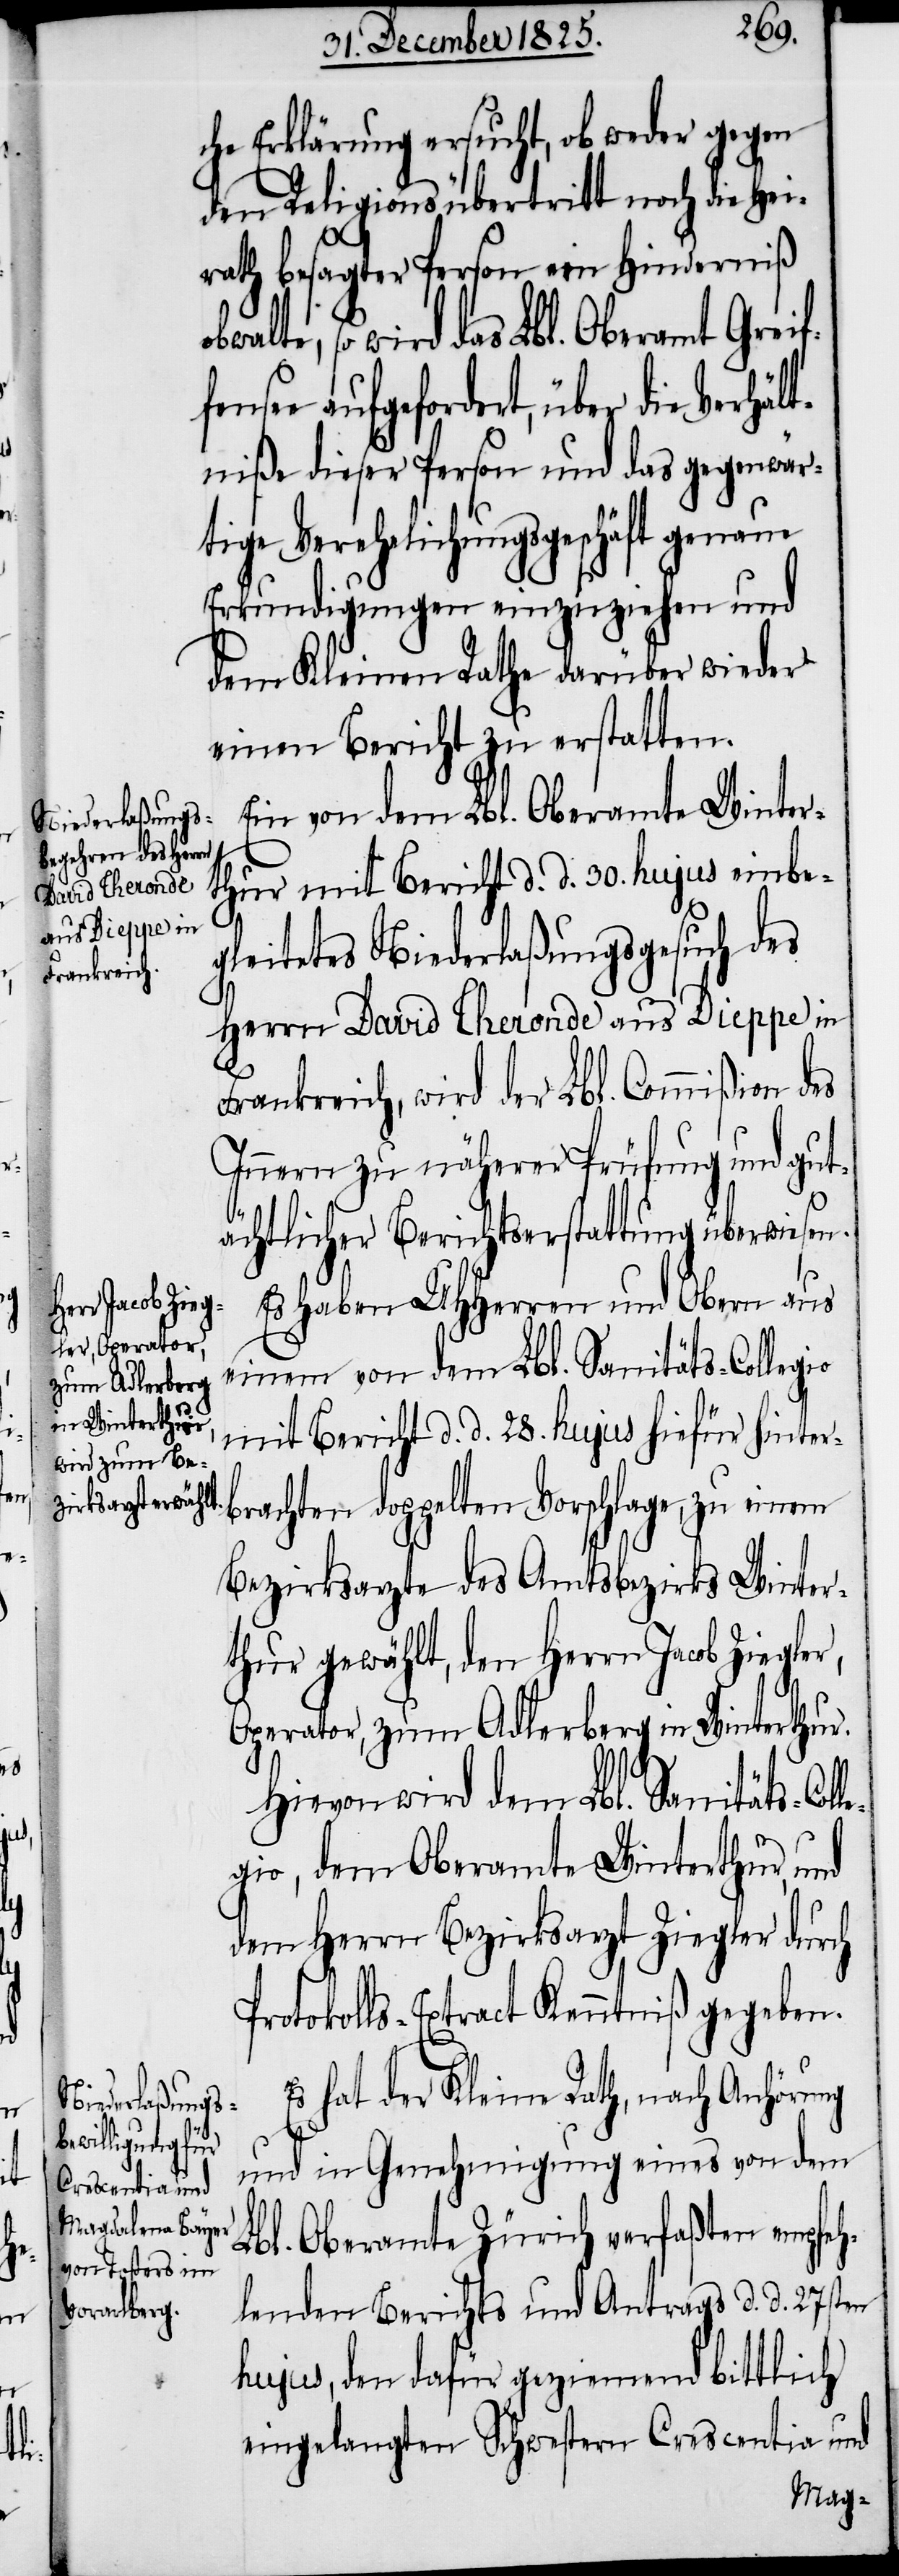
lle¬

che Erklärung ersucht, ob weder gegen
den Religionsübertritt noch die Hei¬
rath besagter Person ein Hinderniß
so wird das Lbl. Oberamt Greif¬
see aufgefordert, über die Verhä¬
niße dieser Person und das gegenwär¬
tige Verehelichungsgeschäft genaue
Erkundigungen einzuziehen und
dem Kleinen Rathe darüber wieder
einen Bericht zu erstatten.
Ein von dem Lbl. Oberamte Winter¬
thur mit Bericht d. d. 30. hujus einbe¬
gleitetes Niederlaßungsgesuch des
Herrn David Theronde aus Dieppe in
Frankreich, wird der Lbl. Commißion des
Innern zu näherer Prüfung und gut¬
ächtlicher Berichtserstattung überwiesen.
Es haben UHHerren und Obern aus
einem von dem Lbl. Sanitäts-Collegio
mit Bericht d. d. 28. hujus hiefür hinter¬
brachten doppelten Vorschlage, zu einem
Bezirksarzte des Amtsbezirks Winter¬
thur gewählt, den Herrn Jacob Ziegler,
Operator, zum Adlerberg in Winterthur.
Hievon wird dem Lbl. Sanitäts-Co¬
gio, dem Oberamte Winterthur, und
dem Herrn Bezirksarzt Ziegler durch
Protokolls-Extract Kenntniß gegeben.
hat der Kleine Rath, nach Anhörung
und in Genehmigung eines von dem
Lbl. Oberamte Zürich verfaßten empfeh¬
lenden Berichts und Antrags d. d. 27sten
hujus, den dafür geziemend bittlich
eingelangten Schwestern Crescentia und